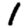
Digit: 1